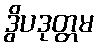
ဒွိပဒုတ္တမ